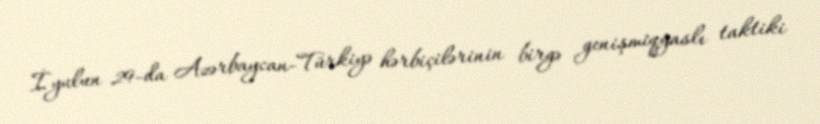
İyulun 29-da Azərbaycan-Türkiyə hərbiçilərinin birgə genişmiqyaslı taktiki